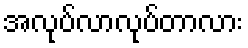
အလုပ်လာလုပ်တာလား